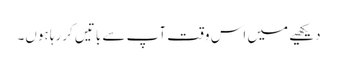
دیکھیے میں اس وقت آپ سے باتیں کررہا ہوں۔